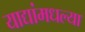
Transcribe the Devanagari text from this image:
याद्यांमधल्या